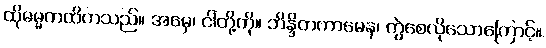
ထိုဓမ္မကထိကသည်။ အမှေ၊ ငါတို့ကို။ ဘိန္ဒိတကာမေန၊ ကွဲစေလိုသောကြောင့်။